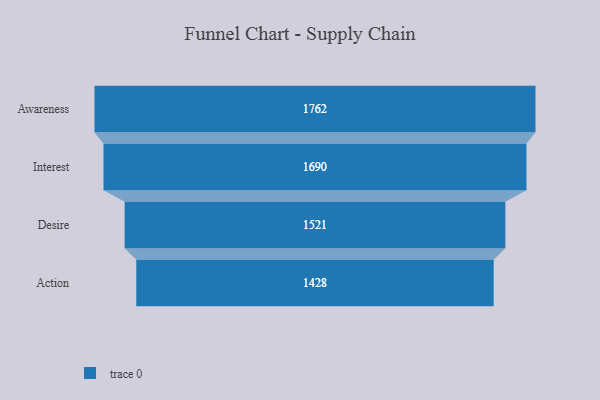
{"axis": {"x": "Stage", "y": "Value"}, "legend": [""], "data": [{"x": "Awareness", "y": 1762.0, "type": ""}, {"x": "Interest", "y": 1690.0, "type": ""}, {"x": "Desire", "y": 1521.0, "type": ""}, {"x": "Action", "y": 1428.0, "type": ""}]}